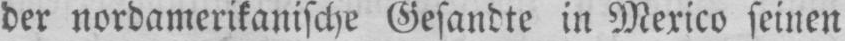
der nordamerikanische Gesandte in Mexico seinen